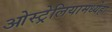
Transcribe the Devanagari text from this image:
ओस्ट्रेलियामध्येहा